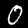
Digit: 0